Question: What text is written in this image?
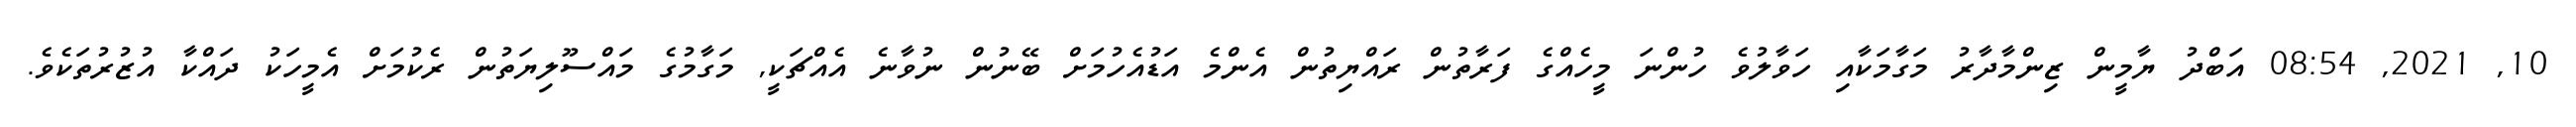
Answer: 10, 2021, 08:54 އަބްދު ޔާމީން ޒިންމާދާރު މަގާމަކާއި ހަވާލުވެ ހުންނަ މީހެއްގެ ފަރާތުން ރައްޔިތުން އެންމެ އަޑުއެހުމަށް ބޭނުން ނުވާނެ އެއްޗަކީ, މަގާމުގެ މައްސޫލިޔަތުން ރެކުމަށް އެމީހަކު ދައްކާ އުޒުރުތަކެވެ.